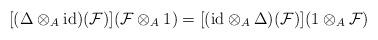
LaTeX: \begin{align*}[(\Delta\otimes_A \mathrm{id})(\mathcal{F})](\mathcal{F}\otimes_A 1)=[(\mathrm{id}\otimes_A\Delta)(\mathcal{F})](1\otimes_A\mathcal{F})\end{align*}